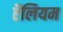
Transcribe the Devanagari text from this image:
ऍलियम